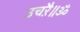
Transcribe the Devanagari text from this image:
उचऱै॥ॐ